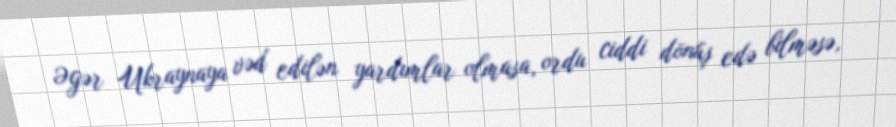
Əgər Ukraynaya vəd edilən yardımlar olmasa, ordu ciddi dönüş edə bilməsə,